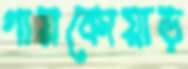
গায়কোয়াড়